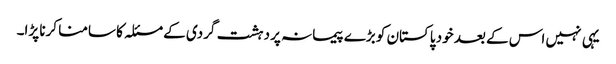
یہی نہیں اس کے بعد خود پاکستان کو بڑے پیمانہ پر دہشت گردی کے مسئلہ کا سامنا کرنا پڑا۔